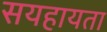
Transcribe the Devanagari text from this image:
सयहायता